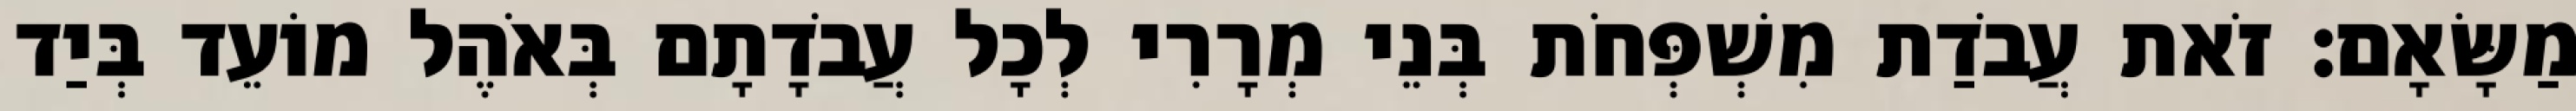
מַשָּׂאָם׃ זֹאת עֲבֹדַת מִשְׁפְּחֹת בְּנֵי מְרָרִי לְכָל עֲבֹדָתָם בְּאֹהֶל מוֹעֵד בְּיַד